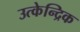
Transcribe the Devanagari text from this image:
उत्केन्द्रिक